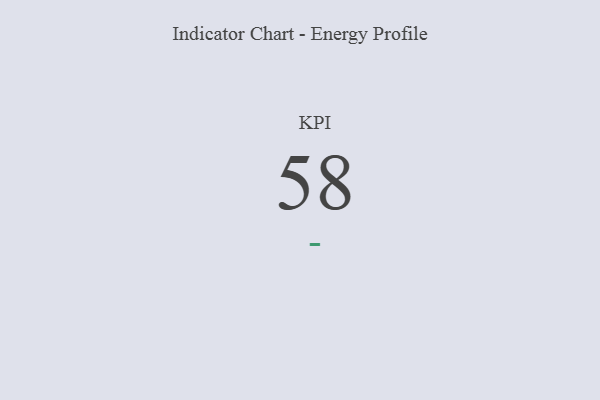
{"axis": {"x": "KPI", "y": "Value"}, "legend": [""], "data": [{"x": "KPI", "y": 58, "type": ""}]}